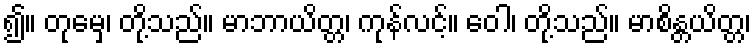
၍။ တုမှေ၊ တို့သည်။ မာဘာယိတ္တ၊ ကုန်လင့်။ ဝေါ၊ တို့သည်။ မာစိန္တယိတ္တ၊